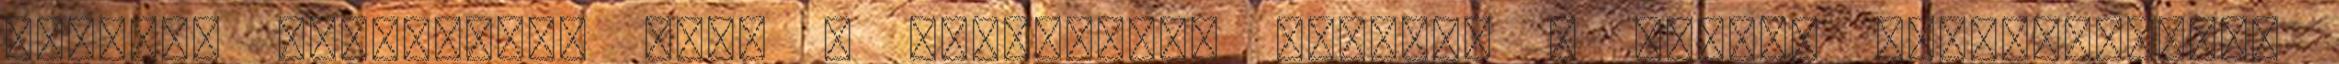
hírhedt Megaupload vagy a Filestube, illetve a nemrég megszüntetett